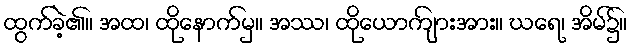
ထွက်ခဲ့၏။ အထ၊ ထိုနောက်မှ။ အဿ၊ ထိုယောကျ်ားအား။ ဃရေ၊ အိမ်၌။